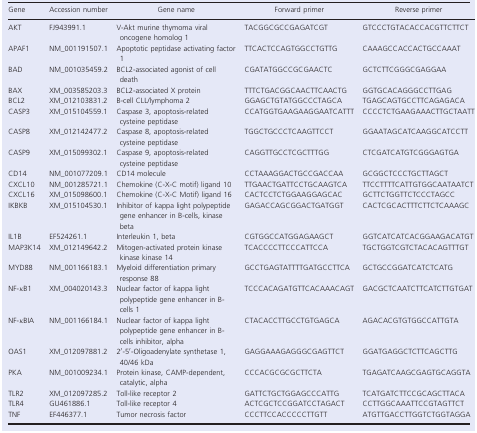
<table><thead><tr><td><b>Gene</b></td><td><b>Accession number</b></td><td><b>Gene name</b></td><td><b>Forward primer</b></td><td><b>Reverse primer</b></td></tr></thead><tbody><tr><td>AKT</td><td>FJ943991.1</td><td>V‐Akt murine thymoma viral oncogene homolog 1</td><td>TACGGCGCCGAGATCGT</td><td>GTCCCTGTACACCACGTTCTTCT</td></tr><tr><td>APAF1</td><td>NM_001191507.1</td><td>Apoptotic peptidase activating factor 1</td><td>TTCACTCCAGTGGCCTGTTG</td><td>CAAAGCCACCACTGCCAAAT</td></tr><tr><td>BAD</td><td>NM_001035459.2</td><td>BCL2‐associated agonist of cell death</td><td>CGATATGGCCGCGAACTC</td><td>GCTCTTCGGGCGAGGAA</td></tr><tr><td>BAX</td><td>XM_003585203.3</td><td>BCL2‐associated X protein</td><td>TTTCTGACGGCAACTTCAACTG</td><td>GGTGCACAGGGCCTTGAG</td></tr><tr><td>BCL2</td><td>XM_012103831.2</td><td>B‐cell CLL/lymphoma 2</td><td>GGAGCTGTATGGCCCTAGCA</td><td>TGAGCAGTGCCTTCAGAGACA</td></tr><tr><td>CASP3</td><td>XM_015104559.1</td><td>Caspase 3, apoptosis‐related cysteine peptidase</td><td>CCATGGTGAAGAAGGAATCATTT</td><td>CCCCTCTGAAGAAACTTGCTAATT</td></tr><tr><td>CASP8</td><td>XM_012142477.2</td><td>Caspase 8, apoptosis‐related cysteine peptidase</td><td>TGGCTGCCCTCAAGTTCCT</td><td>GGAATAGCATCAAGGCATCCTT</td></tr><tr><td>CASP9</td><td>XM_015099302.1</td><td>Caspase 9, apoptosis‐related cysteine peptidase</td><td>CAGGTTGCCTCGCTTTGG</td><td>CTCGATCATGTCGGGAGTGA</td></tr><tr><td>CD14</td><td>NM_001077209.1</td><td>CD14 molecule</td><td>CCTAAAGGACTGCCGACCAA</td><td>GCGGCTCCCTGCTTAGCT</td></tr><tr><td>CXCL10</td><td>NM_001285721.1</td><td>Chemokine (C‐X‐C motif) ligand 10</td><td>TTGAACTGATTCCTGCAAGTCA</td><td>TTCCTTTTCATTGTGGCAATAATCT</td></tr><tr><td>CXCL16</td><td>XM_015098600.1</td><td>Chemokine (C‐X‐C Motif) ligand 16</td><td>CACTCCTCTGGAAGGAGCAC</td><td>GCTTCTGGTTCTCCCTAGCC</td></tr><tr><td>IKBKB</td><td>XM_015104530.1</td><td>Inhibitor of kappa light polypeptide gene enhancer in B‐cells, kinase beta</td><td>GAGACCAGCGGACTGATGGT</td><td>CACTCGCACTTTCTTCTCAAAGC</td></tr><tr><td>IL1B</td><td>EF524261.1</td><td>Interleukin 1, beta</td><td>CGTGGCCATGGAGAAGCT</td><td>GGTCATCATCACGGAAGACATGT</td></tr><tr><td>MAP3K14</td><td>XM_012149642.2</td><td>Mitogen‐activated protein kinase kinase kinase 14</td><td>TCACCCCTTCCCATTCCA</td><td>TGCTGGTCGTCTACACAGTTTGT</td></tr><tr><td>MYD88</td><td>NM_001166183.1</td><td>Myeloid differentiation primary response 88</td><td>GCCTGAGTATTTTGATGCCTTCA</td><td>GCTGCCGGATCATCTCATG</td></tr><tr><td>NF‐<i>κ</i>B1</td><td>XM_004020143.3</td><td>Nuclear factor of kappa light polypeptide gene enhancer in B‐cells 1</td><td>TCCCACAGATGTTCACAAACAGT</td><td>GACGCTCAATCTTCATCTTGTGAT</td></tr><tr><td>NF‐<i>κ</i>BIA</td><td>NM_001166184.1</td><td>Nuclear factor of kappa light polypeptide gene enhancer in B‐cells inhibitor, alpha</td><td>CTACACCTTGCCTGTGAGCA</td><td>AGACACGTGTGGCCATTGTA</td></tr><tr><td>OAS1</td><td>XM_012097881.2</td><td>2′‐5′‐Oligoadenylate synthetase 1, 40/46 kDa</td><td>GAGGAAAGAGGGCGAGTTCT</td><td>GGATGAGGCTCTTCAGCTTG</td></tr><tr><td>PKA</td><td>NM_001009234.1</td><td>Protein kinase, CAMP‐dependent, catalytic, alpha</td><td>CCCACGCGCGCTTCTA</td><td>TGAGATCAAGCGAGTGCAGGTA</td></tr><tr><td>TLR2</td><td>XM_012097285.2</td><td>Toll‐like receptor 2</td><td>GATTCTGCTGGAGCCCATTG</td><td>TCATGATCTTCCGCAGCTTACA</td></tr><tr><td>TLR4</td><td>GU461886.1</td><td>Toll‐like receptor 4</td><td>ACTCGCTCCGGATCCTAGACT</td><td>CCTTGGCAAATTCCGTAGTTCT</td></tr><tr><td>TNF</td><td>EF446377.1</td><td>Tumor necrosis factor</td><td>CCCTTCCACCCCCTTGTT</td><td>ATGTTGACCTTGGTCTGGTAGGA</td></tr></tbody></table>